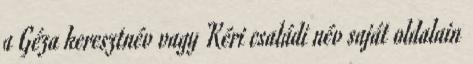
a Géza keresztnév vagy Kéri családi név saját oldalain